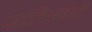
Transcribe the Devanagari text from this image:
जातिसंबंधी